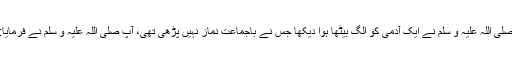
رسول اللہ صلی اللہ علیہ و سلم نے ایک آدمی کو الگ بیٹھا ہوا دیکھا جس نے باجماعت نماز نہیں پڑھی تھی، آپ صلی اللہ علیہ و سلم نے فرمایا: اے فلاں !